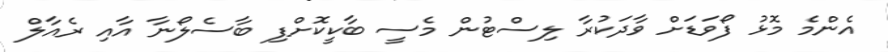
އެންމެ މޮޅު ފޯވަޑަށް ވާދަކުރާ ލިސްޓުން މެސީ ބާކީކޮށްފި ބާސެލޯނާ އާއި ރެއާލް